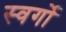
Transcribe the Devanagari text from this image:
स्वर्गो